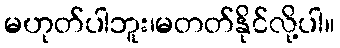
မဟုတ်ပါဘူး၊မတတ်နိုင်လို့ပါ။